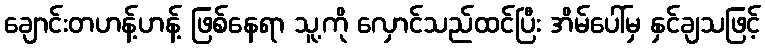
ချောင်းတဟန့်ဟန့် ဖြစ်နေရာ သူ့ကို လှောင်သည်ထင်ပြီး အိမ်ပေါ်မှ နှင်ချသဖြင့်